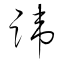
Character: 諱